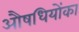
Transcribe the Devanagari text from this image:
औषधियोंका